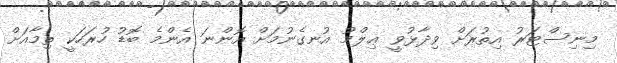
މިނިސްޓަރު އިތުރަށް ވިދާޅުވީ ޢިލްމު އުނގެނުމަށް އޮންނަ އެންމެ ބޮޑު ހުރަހަކީ ތިމާއަށް